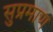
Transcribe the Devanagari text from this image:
सुप्रमाण